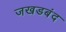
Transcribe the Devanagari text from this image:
जखडबंद